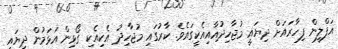
އަފްލީން ފިހާރައަށް ދިޔައީ މުޖާހިދުއާއިއެކީގައެވެ. ކާރުގައި މުޖާހިދު އެކިއެކި ގޯޅިން އަޅަމުން ދިޔައީ